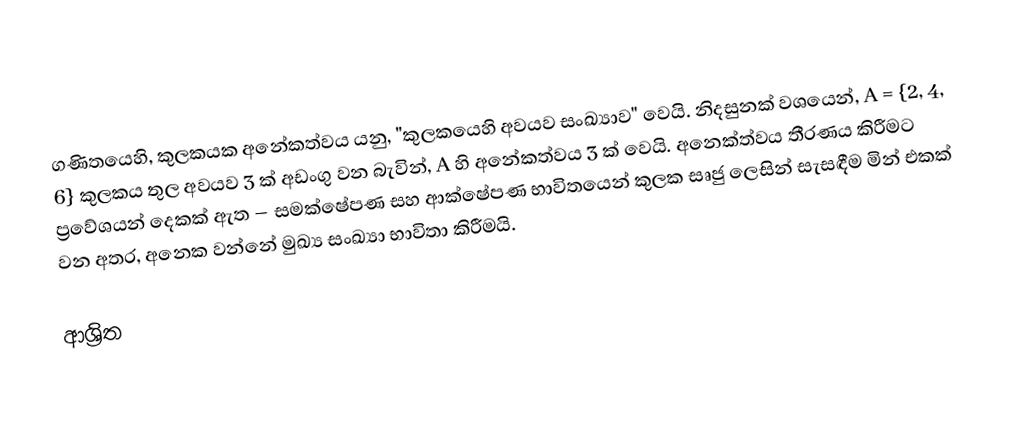
ගණිතයෙහි, කුලකයක අනේකත්වය යනු,  "කුලකයෙහි අවයව සංඛ්‍යාව" වෙයි. නිදසුනක් වශයෙන්, A = {2, 4, 6} කුලකය තුල අවයව 3 ක් අඩංගු වන බැවින්,  A හි අනේකත්වය 3 ක් වෙයි. අනෙක්ත්වය තීරණය කිරීමට ප්‍රවේශයන් දෙකක් ඇත – සමක්ෂේපණ සහ ආක්ෂේපණ භාවිතයෙන් කුලක සෘජු ලෙසින් සැසඳීම මින් එකක් වන අතර, අනෙක වන්නේ  මුඛ්‍ය සංඛ්‍යා භාවිතා කිරීමයි.

ආශ්‍රිත